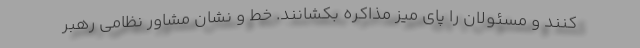
کنند و مسئولان را پای میز مذاکره بکشانند. خط و نشان مشاور نظامی رهبر